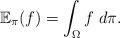
LaTeX: \begin{align*}\mathbb{E}_\pi(f)=\int_{\Omega}f\;d\pi.\end{align*}